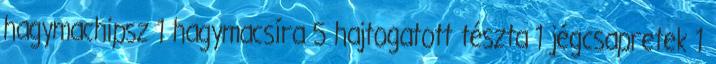
hagymachipsz 1 hagymacsíra 5 hajtogatott tészta 1 jégcsapretek 1